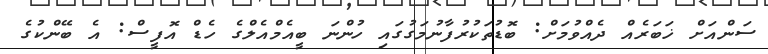
ސަންއަށް ޚަބަރެއް ދެއްވުމަށް: ބޮޑުތަކުރުފާނުމަގުގައި ހުންނަ ބީއެމްއެލްގެ ހެޑް އޮފީސް: އެ ބޭންކުގެ